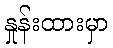
နှုန်းထားမှာ